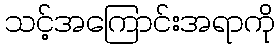
သင့်အကြောင်းအရာကို